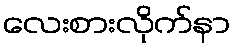
လေးစားလိုက်နာ